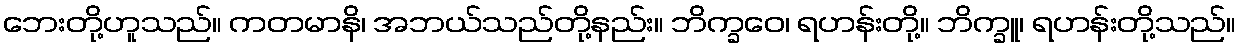
ဘေးတို့ဟူသည်။ ကတမာနိ၊ အဘယ်သည်တို့နည်း။ ဘိက္ခဝေ၊ ရဟန်းတို့။ ဘိက္ခူ၊ ရဟန်းတို့သည်။